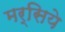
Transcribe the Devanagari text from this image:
मर्सिये